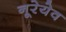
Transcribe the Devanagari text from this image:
नूरेयेव